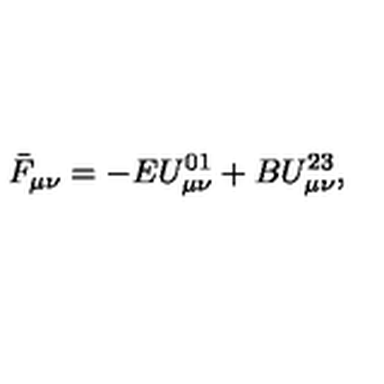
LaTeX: \bar { F } _ { \mu \nu } = - E U _ { \mu \nu } ^ { 0 1 } + B U _ { \mu \nu } ^ { 2 3 } ,